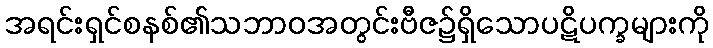
အရင်းရှင်စနစ်၏သဘာဝအတွင်းဗီဇ၌ရှိသောပဋိပက္ခများကို